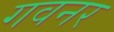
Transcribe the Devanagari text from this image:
गवनर